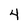
Character: 4